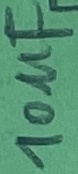
Text: 10µF